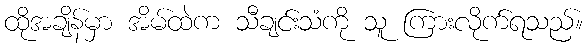
ထိုအချိန်မှာ အိမ်ထဲက သီချင်းသံကို သူ ကြားလိုက်ရသည်။